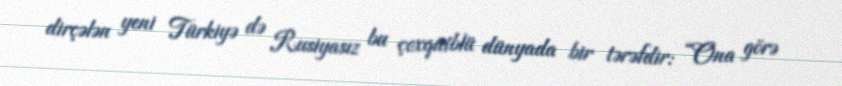
dirçələn yeni Türkiyə də Rusiyasız bu çoxqütblü dünyada bir tərəfdir: “Ona görə